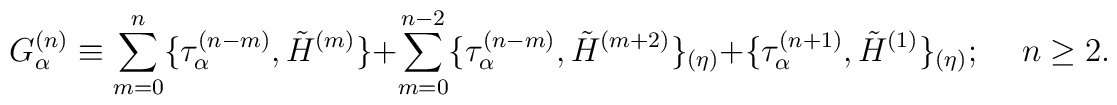
G_\alpha ^{(n)}\equiv \sum_{m=0}^n  \{\tau_\alpha ^{(n-m)}, \tilde{H}^{(m)}\}+  \sum_{m=0}^{n-2}   \{ \tau_\alpha ^{(n-m)}, \tilde{H}^{(m+2)}\}_{(\eta)}+\{\tau_\alpha  ^{(n+1)}, \tilde{H}^{(1)}\}_{(\eta)}; \hspace {0.5 cm} n\geq2.